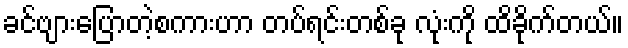
ခင်ဗျားပြောတဲ့စကားဟာ တပ်ရင်းတစ်ခု လုံးကို ထိခိုက်တယ်။